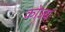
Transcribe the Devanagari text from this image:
कोऽयं